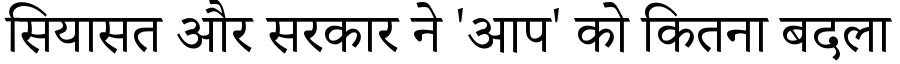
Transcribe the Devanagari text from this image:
सियासत और सरकार ने 'आप' को कितना बदला